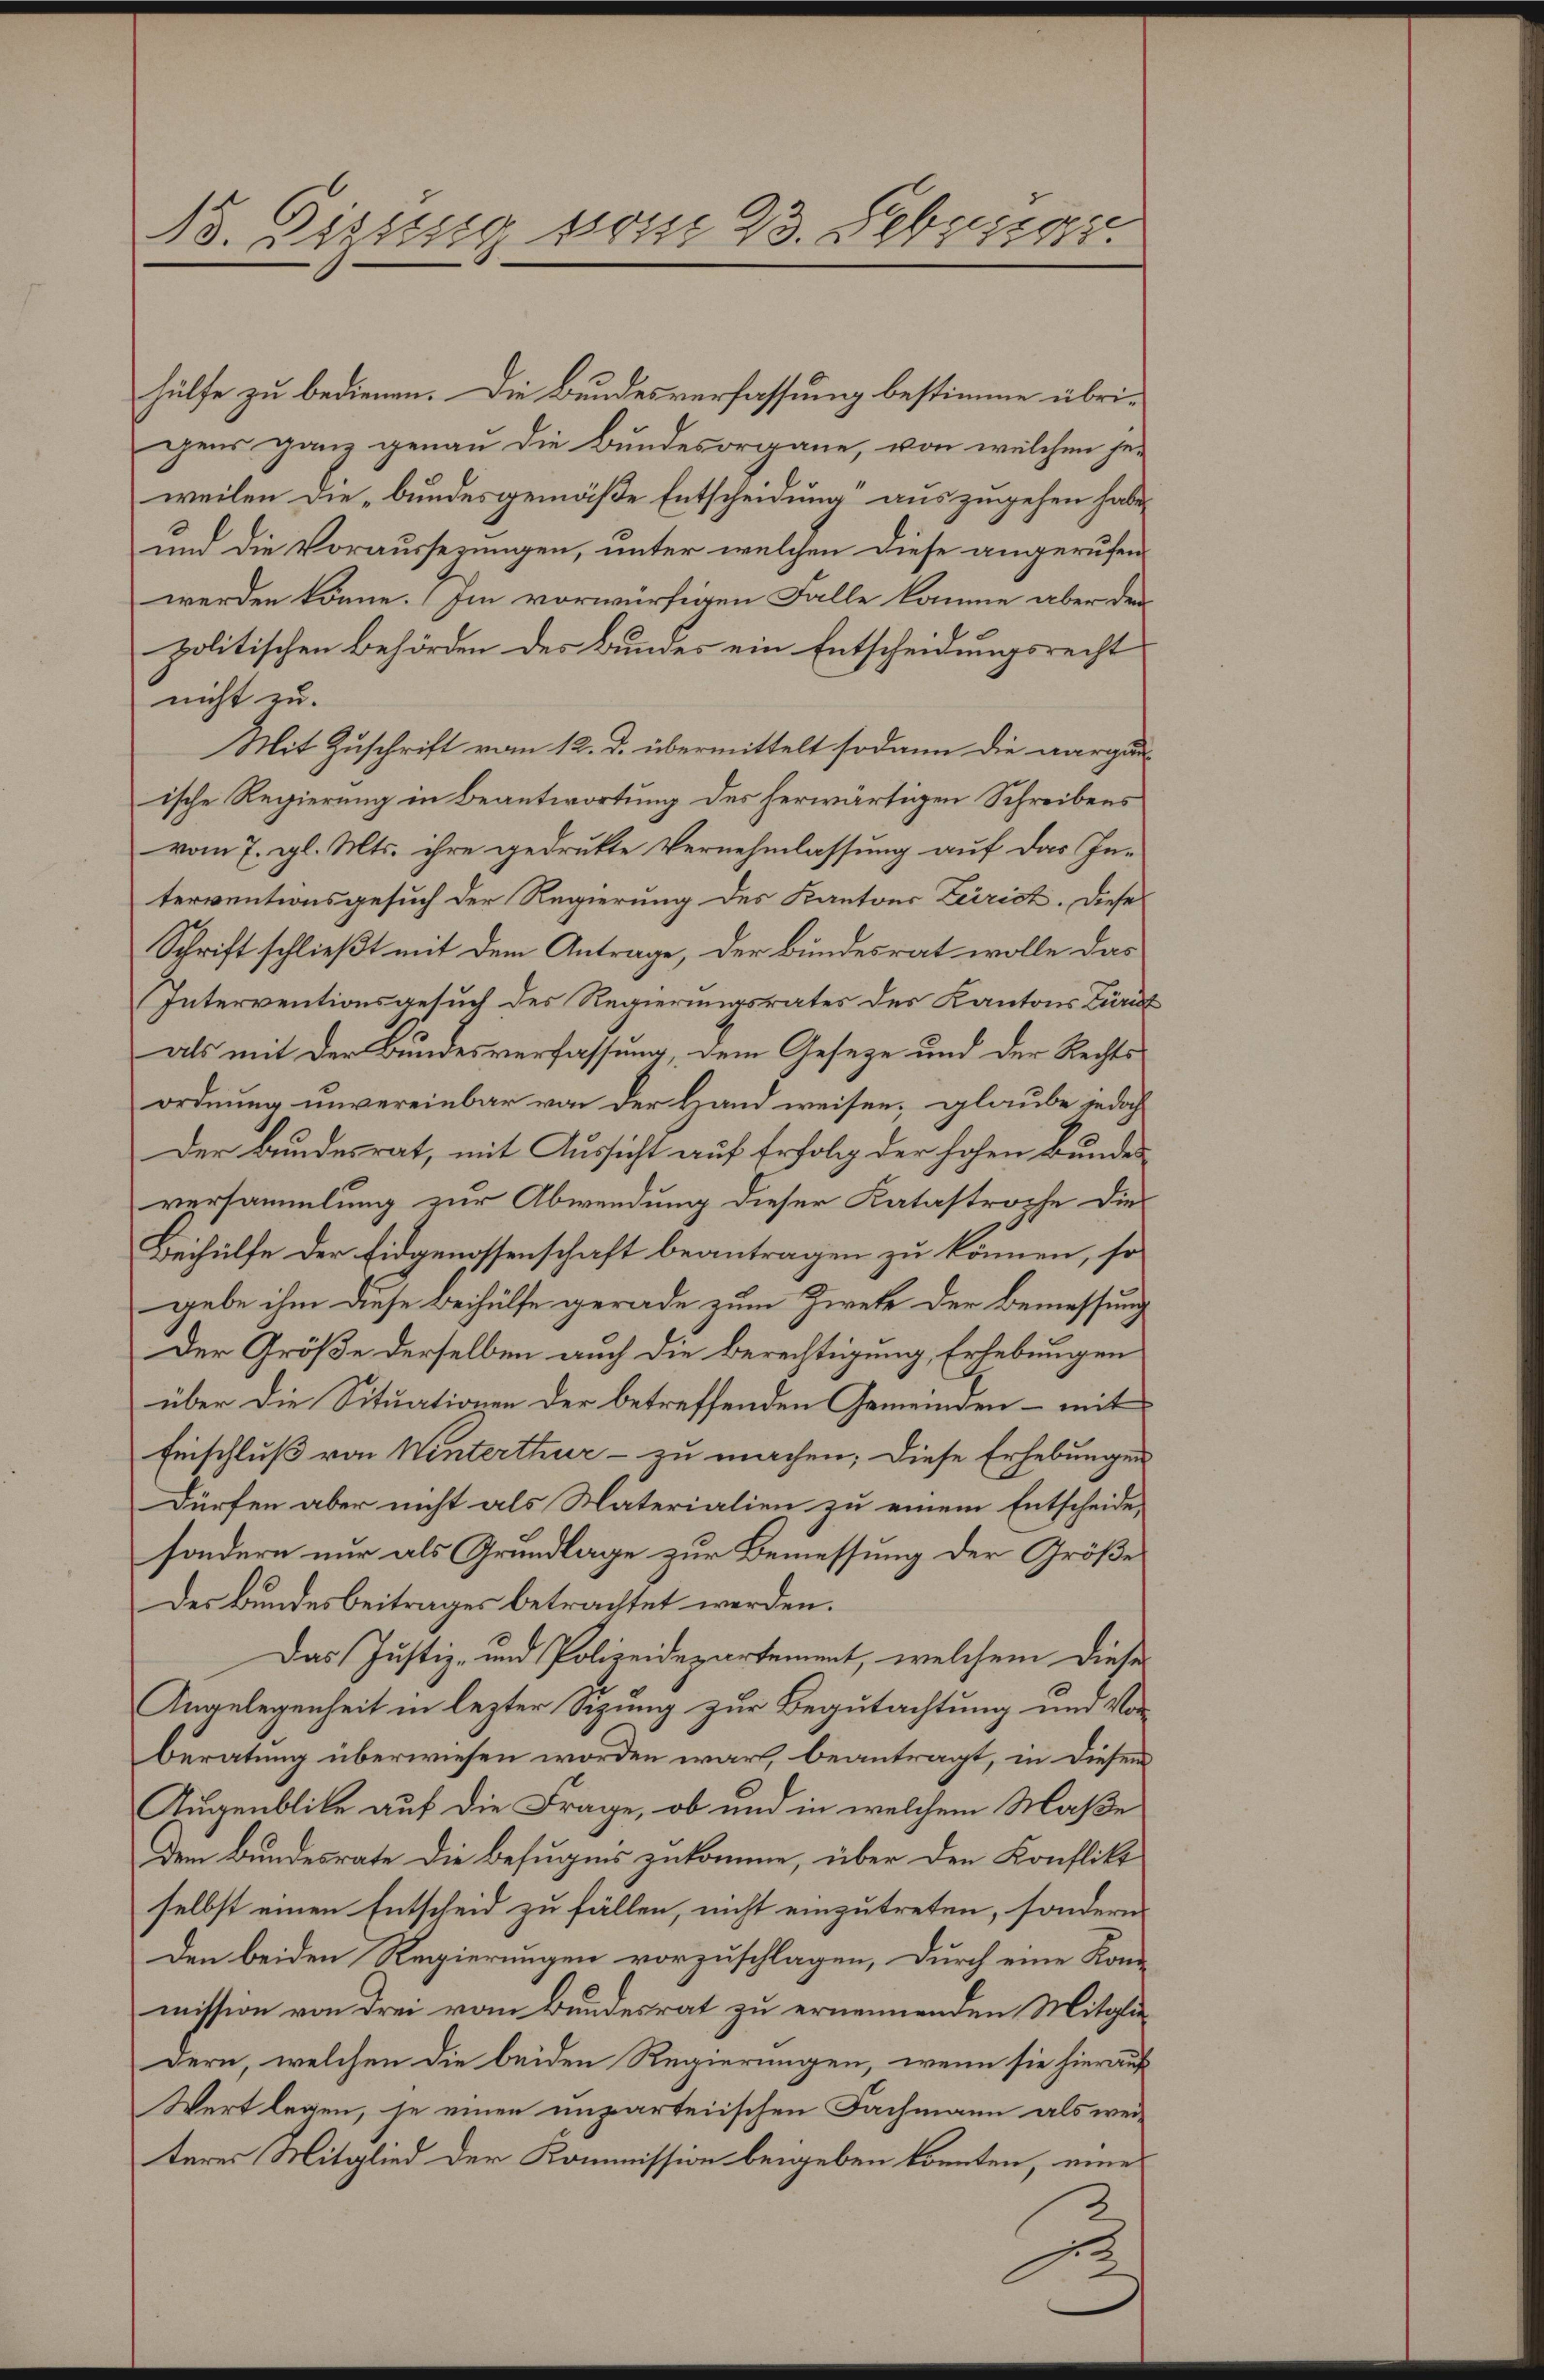
.
B. Sizung vom 23. 5 er, 12015

hülfe zu bedienen. Die Bundesverfassung bestimme übri-
gens ganz genau die Bundesorgane, von welchen je-
weilen die „bundesgemäße Entscheidung“ auszugehen habe,
und die Voraussezungen, unter welchen diese angerufen
werden könne. Im vorwürfigen Falle komme aber den
politischen Behörden des Bundes ein Entscheidungsrecht
nicht zu.
Mit Zuschrift vom 12. d. übermittelt sodann die aargau-
ische Regierung in Beantwortung des herwärtigen Schreibens
vom 7. gl. Mts. ihre gedrukte Vernehmlassung auf das Interventionsgesuch der Regierung des Kantons Zürich. Diese
Schrift schließt mit dem Antrage, der Bundesrat wolle das
Interventionsgesuch des Regierungsrates des Kantons Züri
als mit der Bundesverfassung, dem Geseze und der Rechts
ordnung unvereinbar von der Hand weisen, glaube jedoch
Der Bundesrat, mit Aussicht auf Erfolg der hohen Bundes
versammlung zur Abwendung dieser Katastrophe die
Beihülfe der Eidgenossenschaft beantragen zu können, so
gebe ihm diese Beihülfe gerade zum Zwete der Bemessung
Der Größe derselben auch die Berechtigung Erhebungen
über die Situationen der betreffenden Gemeinden – mit
Einschluß von Winterthur - zu machen; diese Erhebungen
Dürfen aber nicht als Naterialien zu einem Entscheide,
sondern nur als Grundlage zur Bemessung der Größe
Der Bundesbeitrages betrachtet werden.
Das Justiz- und Polizeidepartement, welchem dieses
Angelegenheit in lezter Sizung zur Begutachtung und Vorberatung überwiesen worden war, beantragt, in diesem
Augenblicke auf die Frage, ob und in welchem Maße
Dem Bundesrate die Befugnis zukomme, über den Konflikt
selbst einen Entscheid zu fällen, nicht einzutreten, sondern
Den beiden Regierungen vorzuschlagen, durch eine Kon-
mission von drei vom Bundesrat zu ernennenden Mitgliedern, welchen die beiden Regierungen, wenn sie hierauf
Wert legen, je einen unparteiischen Fachmann als weiteres Mitglied der Kommission beigeben könnten, eine
.